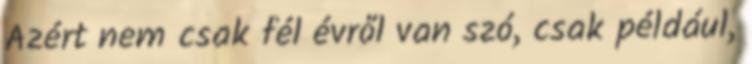
Azért nem csak fél évről van szó, csak például,